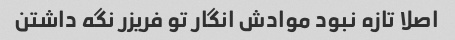
اصلا تازه نبود موادش انگار تو فریزر نگه داشتن